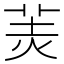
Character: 𦍚